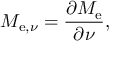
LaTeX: M _ { \mathrm { e } , \nu } = { \frac { \partial M _ { \mathrm { e } } } { \partial \nu } } ,